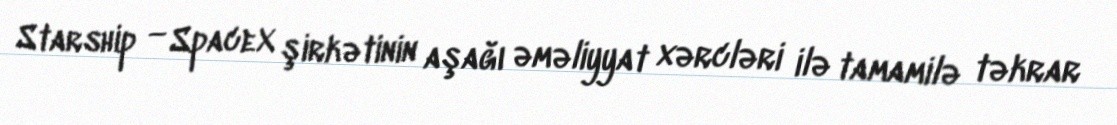
Starship — SpaceX şirkətinin aşağı əməliyyat xərcləri ilə tamamilə təkrar